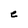
Character: e